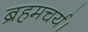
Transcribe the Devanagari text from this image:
ब्रहमचर्य।